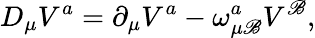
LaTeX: D_{\mu}V^{a}=\partial_{\mu}V^{a}-\omega_{\mu\mathscr{B}}^{a}V^{\mathscr{B}},